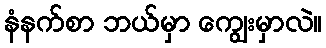
နံနက်စာ ဘယ်မှာ ကျွေးမှာလဲ။